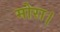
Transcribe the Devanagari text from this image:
मोरा।